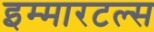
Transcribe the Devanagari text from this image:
इम्मारटल्स